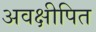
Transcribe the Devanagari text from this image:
अवक्षीपित